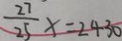
\frac { 2 7 } { 2 5 } x = 2 4 3 0